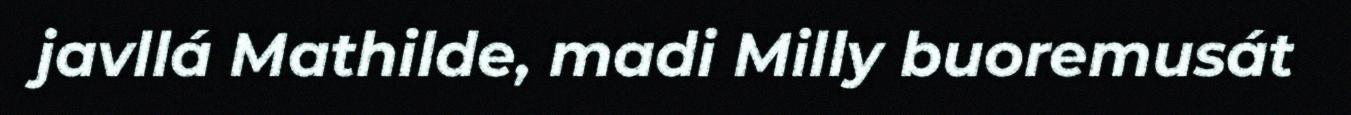
javllá Mathilde, madi Milly buoremusát